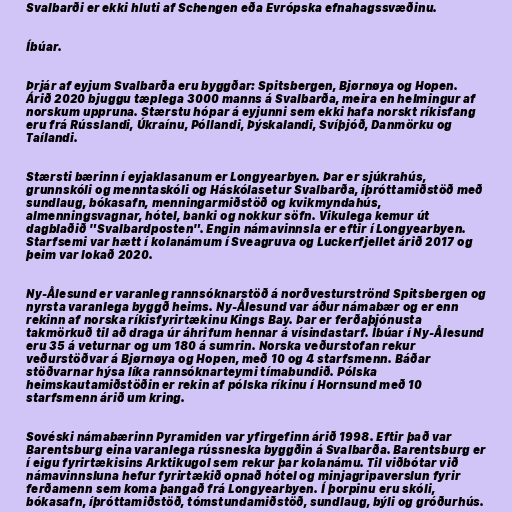
Svalbarði er ekki hluti af Schengen eða Evrópska efnahagssvæðinu.

Íbúar.

Þrjár af eyjum Svalbarða eru byggðar: Spitsbergen, Bjørnøya og Hopen.
Árið 2020 bjuggu tæplega 3000 manns á Svalbarða, meira en helmingur af
norskum uppruna. Stærstu hópar á eyjunni sem ekki hafa norskt ríkisfang
eru frá Rússlandi, Úkraínu, Póllandi, Þýskalandi, Svíþjóð, Danmörku og
Taílandi.

Stærsti bærinn í eyjaklasanum er Longyearbyen. Þar er sjúkrahús,
grunnskóli og menntaskóli og Háskólasetur Svalbarða, íþróttamiðstöð með
sundlaug, bókasafn, menningarmiðstöð og kvikmyndahús,
almenningsvagnar, hótel, banki og nokkur söfn. Vikulega kemur út
dagblaðið "Svalbardposten". Engin námavinnsla er eftir í Longyearbyen.
Starfsemi var hætt í kolanámum í Sveagruva og Luckerfjellet árið 2017 og
þeim var lokað 2020.

Ny-Ålesund er varanleg rannsóknarstöð á norðvesturströnd Spitsbergen og
nyrsta varanlega byggð heims. Ny-Ålesund var áður námabær og er enn
rekinn af norska ríkisfyrirtækinu Kings Bay. Þar er ferðaþjónusta
takmörkuð til að draga úr áhrifum hennar á vísindastarf. Íbúar í Ny-Ålesund
eru 35 á veturnar og um 180 á sumrin. Norska veðurstofan rekur
veðurstöðvar á Bjørnøya og Hopen, með 10 og 4 starfsmenn. Báðar
stöðvarnar hýsa líka rannsóknarteymi tímabundið. Pólska
heimskautamiðstöðin er rekin af pólska ríkinu í Hornsund með 10
starfsmenn árið um kring.

Sovéski námabærinn Pyramiden var yfirgefinn árið 1998. Eftir það var
Barentsburg eina varanlega rússneska byggðin á Svalbarða. Barentsburg er
í eigu fyrirtækisins Arktikugol sem rekur þar kolanámu. Til viðbótar við
námavinnsluna hefur fyrirtækið opnað hótel og minjagripaverslun fyrir
ferðamenn sem koma þangað frá Longyearbyen. Í þorpinu eru skóli,
bókasafn, íþróttamiðstöð, tómstundamiðstöð, sundlaug, býli og gróðurhús.